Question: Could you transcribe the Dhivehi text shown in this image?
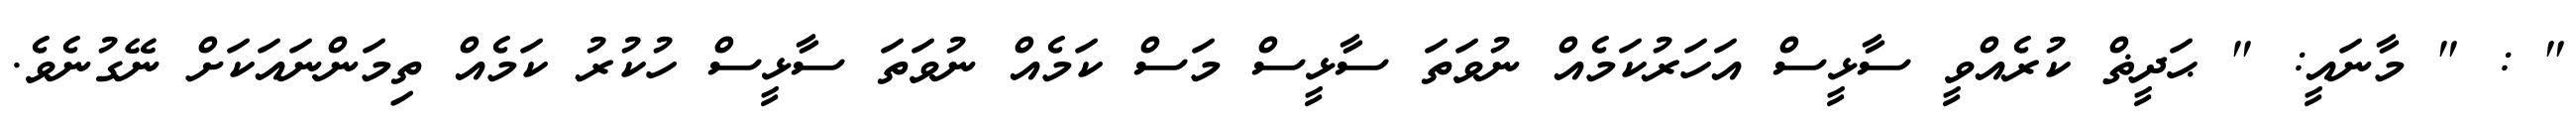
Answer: " : " މާނައީ: " ޙަދީޡް ކުރެއްވީ ސާޅީސް އަހަރުކަމެއް ނުވަތަ ސާޅީސް މަސް ކަމެއް ނުވަތަ ސާޅީސް ހުކުރު ކަމެއް ތިމަންނައަކަށް ނޭގުނެވެ.